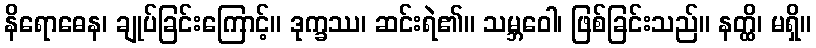
နိရောဓေန၊ ချုပ်ခြင်းကြောင့်။ ဒုက္ခဿ၊ ဆင်းရဲ၏။ သမ္ဘဝေါ၊ ဖြစ်ခြင်းသည်။ နတ္ထိ၊ မရှိ။